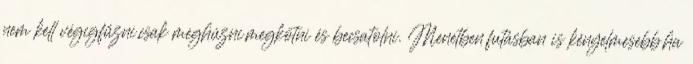
nem kell végigfűzni,csak meghúzni,megkötni és becsatolni. Menetben,futásban is kényelmesebb,ha